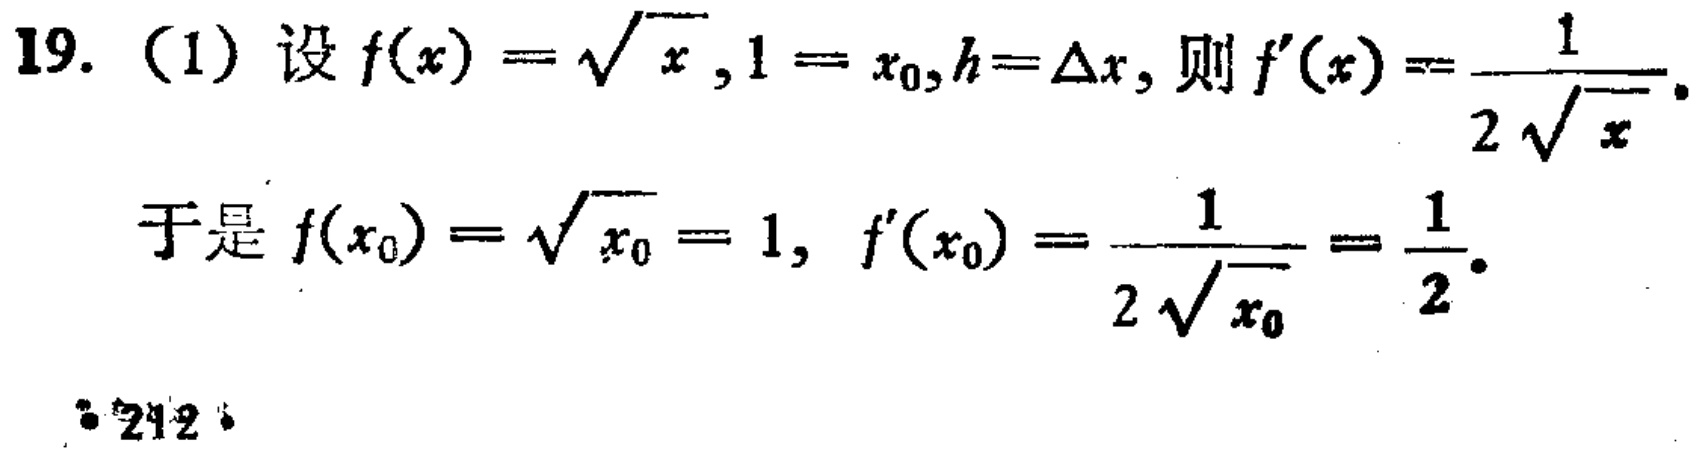
19. (1) 设 \(f(x)=\sqrt{x},1 = x_{0},h = \Delta x\)，则 \(f^{\prime}(x)=\frac{1}{2\sqrt{x}}\)。
于是 \(f(x_{0})=\sqrt{x_{0}} = 1\)，\(f^{\prime}(x_{0})=\frac{1}{2\sqrt{x_{0}}}=\frac{1}{2}\)。
212